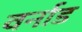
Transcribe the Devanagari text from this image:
वर्नाड